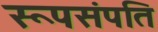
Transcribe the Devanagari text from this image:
रूपसंपति